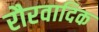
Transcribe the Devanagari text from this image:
रौरवादिक